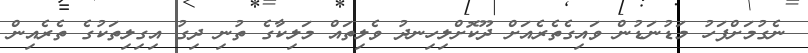
ނެގުމަށްފަހު މަޑުނަޑުން ވައިގެތެރެއަށް ދޫކޮށްލިހިނދު ވެލިތައް މަލިކާގެ ތުނި ދިގު އިގިލިތަކުގެ ތެރެއިން